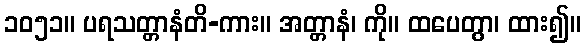
၁၀၅၁။ ပရသတ္တာနံတိ-ကား။ အတ္တာနံ၊ ကို။ ထပေတွာ၊ ထား၍။